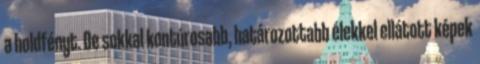
a holdfényt. De sokkal kontúrosabb, határozottabb élekkel ellátott képek